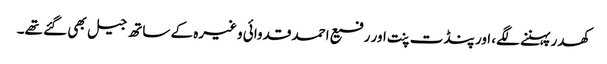
کھدر پہننے لگے، اور پنڈت پنت اور رفیع احمد قدوائی وغیرہ کے ساتھ جیل بھی گئے تھے۔